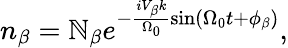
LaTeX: n_{\beta}=\mathbb{N}_{\beta}e^{-\frac{{iV_{\beta}k}}{{\Omega_{0}}}\sin\left(\Omega_{0}t+\phi_{\beta}\right)},